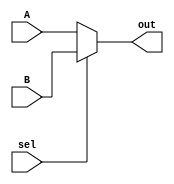
/*
 ***@Author: NGUYEN TRUNG HIEU
 ***@Date:   Oct 24th, 2018
*/

module mux24b(out,A,B,sel);
output [23:0]out;
input  [23:0]A,B;
input  sel;

assign out=sel?B:A;

endmodule

module mux8b(out,A,B,sel);
output [7:0]out;
input  [7:0]A,B;
input  sel;

assign out=sel?B:A;

endmodule

module mux1b(out,A,B,sel);
output [7:0]out;
input  [7:0]A,B;
input  sel;

assign out=sel?B:A;

endmodule